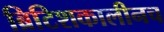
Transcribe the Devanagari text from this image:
ब्रिटिशकालीनच